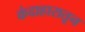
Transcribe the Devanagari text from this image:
कंदाहारातून